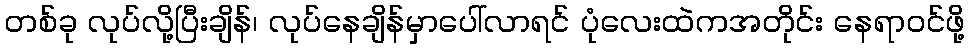
တစ်ခု လုပ်လို့ပြီးချိန်၊ လုပ်နေချိန်မှာပေါ်လာရင် ပုံလေးထဲကအတိုင်း နေရာဝင်ဖို့